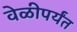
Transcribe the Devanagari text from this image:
वेळीपर्यंत